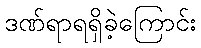
ဒဏ်ရာရရှိခဲ့ကြောင်း